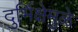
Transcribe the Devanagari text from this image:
दुर्भिक्षेमुळे